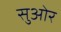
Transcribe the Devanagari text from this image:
सुओर